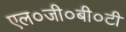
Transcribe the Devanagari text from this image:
एल०जी०बी०टी